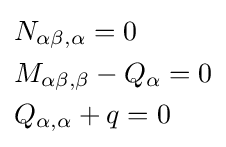
{\begin{aligned}&N_{\alpha \beta ,\alpha }=0\\&M_{\alpha \beta ,\beta }-Q_{\alpha }=0\\&Q_{\alpha ,\alpha }+q=0\end{aligned}}